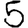
Digit: 5